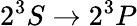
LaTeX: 2^{3}S\rightarrow 2^{3}P